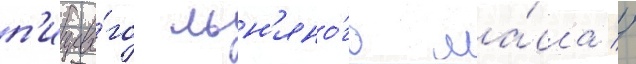
п'ищево́го льн'яно́го ма́сла //